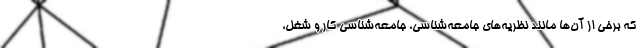
که برخی از آن‌ها مانند نظریه‌های جامعه‌شناسی، جامعه‌شناسی کار و شغل،